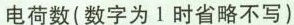
电荷数(数字为1时省略不写)